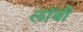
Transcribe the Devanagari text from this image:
लाॅबी